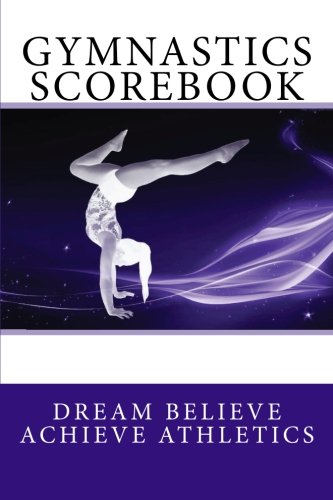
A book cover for Gymnastics Scorebook (Dream Believe Achieve Athletics); Deborah Sevilla; Sports & Outdoors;